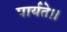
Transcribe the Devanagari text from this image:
पार्यते।।